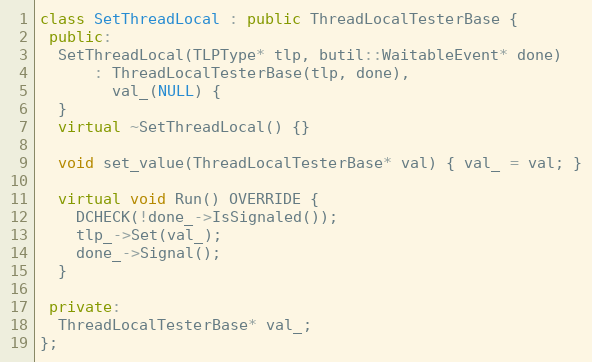
Language: C++
class SetThreadLocal : public ThreadLocalTesterBase {
 public:
  SetThreadLocal(TLPType* tlp, butil::WaitableEvent* done)
      : ThreadLocalTesterBase(tlp, done),
        val_(NULL) {
  }
  virtual ~SetThreadLocal() {}

  void set_value(ThreadLocalTesterBase* val) { val_ = val; }

  virtual void Run() OVERRIDE {
    DCHECK(!done_->IsSignaled());
    tlp_->Set(val_);
    done_->Signal();
  }

 private:
  ThreadLocalTesterBase* val_;
};